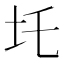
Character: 圫